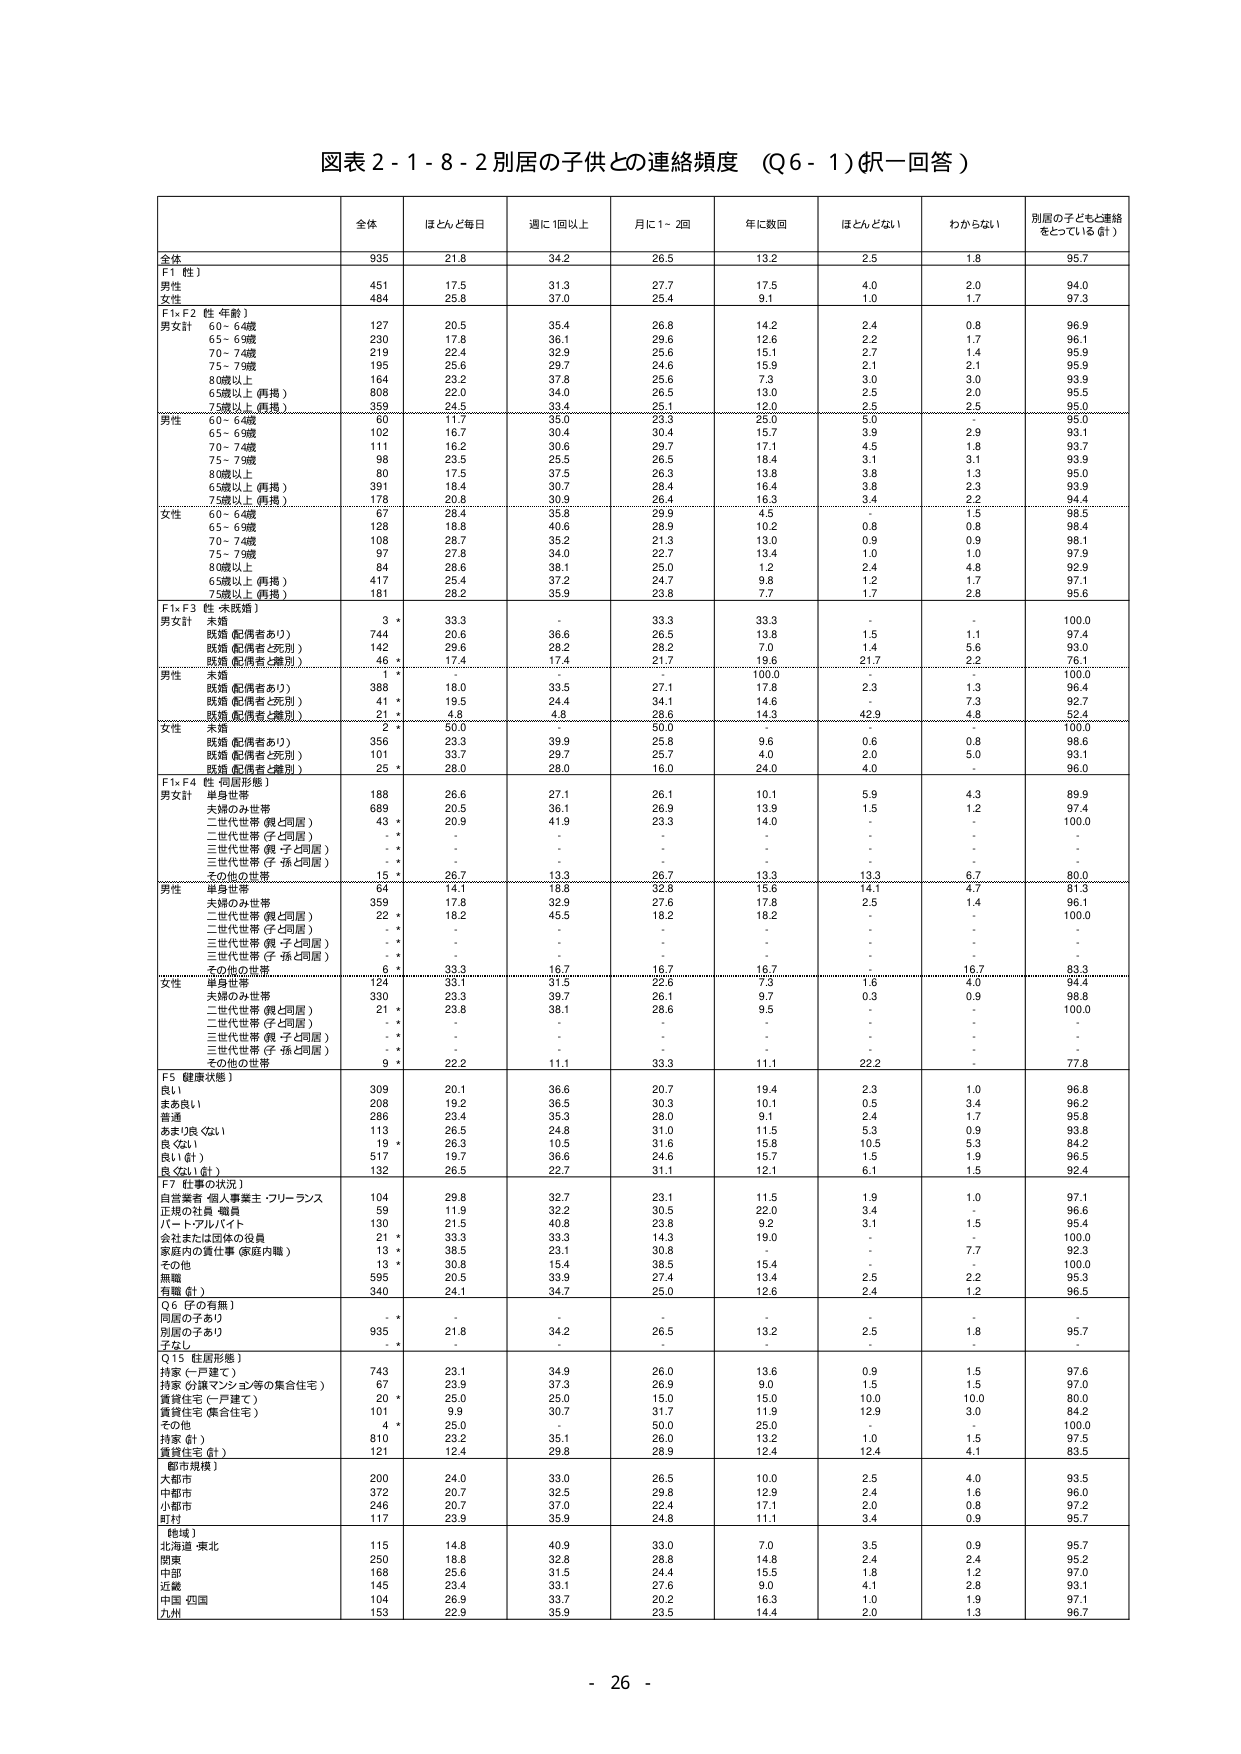
図表２-１-８-２ 別居の子供との連絡頻度 （Ｑ６-１）（択一回答）

全体 ほぼとんと毎日 週に1回以上 月に1～2回 年に数回 ほとんどない わからない 別居の子どもと連絡をとっている（計）

全体 935 21.8 34.2 26.5 13.2 2.5 1.8 95.7

F1（性）
男女計 451 17.5 31.3 27.7 17.5 4.0 2.0 94.0
女性 484 25.8 37.0 25.4 9.1 1.0 1.7 97.3

F1×F2（性・年齢）
男女計 60～64歳 127 20.5 35.4 26.8 14.2 2.4 0.8 96.9
65～69歳 230 17.8 36.1 29.6 12.6 2.2 1.7 96.1
70～74歳 219 22.4 32.9 25.6 15.1 2.7 1.4 95.9
75～79歳 195 25.6 29.7 24.6 16.9 2.1 2.1 96.9
80歳以上 164 23.2 37.8 25.6 7.3 3.0 3.0 93.9
65歳以上（再掲） 808 22.0 34.0 26.5 13.0 2.5 2.0 95.5
75歳以上（再掲） 359 24.5 33.4 25.1 12.0 2.5 2.5 95.0

男性 60～64歳 60 11.7 35.0 23.3 25.0 5.0 - 95.0
65～69歳 102 16.7 30.4 30.4 15.7 3.9 2.9 93.1
70～74歳 111 16.2 30.6 29.7 17.1 4.5 1.8 93.7
75～79歳 98 23.5 25.5 26.5 18.4 3.1 3.1 93.9
80歳以上 80 17.5 37.5 26.3 13.8 3.8 1.3 95.0
65歳以上（再掲） 391 18.4 30.7 28.4 16.4 3.8 2.3 93.9
75歳以上（再掲） 178 20.8 30.9 26.4 16.3 3.4 2.2 94.4

女性 60～64歳 67 28.4 35.8 29.9 4.5 - 1.5 98.5
65～69歳 128 18.8 40.6 28.9 10.2 0.8 0.8 98.4
70～74歳 108 28.7 35.2 21.3 13.0 0.9 0.9 98.1
75～79歳 97 27.8 34.0 22.7 13.4 1.0 1.0 97.9
80歳以上 84 28.6 38.1 25.0 1.2 2.4 4.8 92.9
65歳以上（再掲） 417 25.4 37.2 24.7 9.8 1.2 1.7 97.1
75歳以上（再掲） 181 28.2 35.9 23.8 7.7 1.7 2.8 95.6

F1×F3（性・未就婚）
男女計 未婚 3 * 33.3 - 33.3 33.3 - - 100.0
既婚（配偶者あり） 734 20.6 36.6 26.5 13.8 1.5 1.1 97.4
既婚（配偶者と死別） 142 29.6 28.2 28.2 7.0 1.4 5.6 93.0
既婚（配偶者と離別） 46 * 17.4 17.4 21.7 19.6 21.7 2.2 76.1

男性 未婚 1 * - - - 100.0 - - 100.0
既婚（配偶者あり） 388 18.0 33.5 27.1 17.8 2.3 1.3 96.4
既婚（配偶者と死別） 41 * 19.5 24.4 34.1 14.6 * 7.3 92.7
既婚（配偶者と離別） 21 * 4.8 4.8 28.6 14.3 42.9 4.8 52.4

女性 未婚 2 * 50.0 - 50.0 - - - 100.0
既婚（配偶者あり） 356 23.3 39.9 25.8 9.6 0.6 0.8 98.6
既婚（配偶者と死別） 101 33.7 29.7 25.7 4.0 2.0 5.0 93.1
既婚（配偶者と離別） 25 * 28.0 28.0 16.0 24.0 4.0 - 96.0

F1×F4（性・世帯形態）
男女計 単身世帯 188 26.6 27.1 26.1 10.1 5.9 4.3 89.9
夫婦のみ世帯 689 20.5 36.1 26.9 13.9 1.5 1.2 97.4
二世代世帯（親と同居） 43 * 20.9 41.9 23.3 14.0 - - 100.0
二世代世帯（子と同居） - * - - - - - - -
三世代世帯（親・子と同居） - * - - - - - - -
三世代世帯（子・孫と同居） - * - - - - - - -
その他の世帯 15 * 26.7 13.3 26.7 13.3 13.3 6.7 80.0

男性 単身世帯 84 14.1 18.8 32.6 15.6 14.1 4.7 81.3
夫婦のみ世帯 359 17.8 32.9 27.6 17.8 2.5 1.4 96.1
二世代世帯（親と同居） 22 * 18.2 45.5 18.2 18.2 - - 100.0
二世代世帯（子と同居） - * - - - - - - -
三世代世帯（親・子と同居） - * - - - - - - -
三世代世帯（子・孫と同居） - * - - - - - - -
その他の世帯 6 * 33.3 16.7 16.7 16.7 - 16.7 83.3

女性 単身世帯 124 33.1 31.5 22.6 7.3 1.5 4.0 94.4
夫婦のみ世帯 330 23.3 39.7 26.1 9.7 0.3 0.9 98.8
二世代世帯（親と同居） 21 * 23.8 38.1 28.6 9.5 - - 100.0
二世代世帯（子と同居） - * - - - - - - -
三世代世帯（親・子と同居） - * - - - - - - -
三世代世帯（子・孫と同居） - * - - - - - - -
その他の世帯 9 * 22.2 11.1 33.3 11.1 22.2 - 77.8

F5（健康状態）
良い 309 20.1 36.6 20.7 19.4 2.3 1.0 96.8
まあ良い 208 19.2 36.5 30.3 10.1 0.5 3.4 96.2
普通 286 23.4 35.3 28.0 9.1 2.4 1.7 95.8
あまり良くない 113 26.5 24.8 31.0 11.5 5.3 0.9 93.8
良くない 19 * 26.3 10.5 31.6 15.8 10.5 5.3 84.2
良い（計） 517 19.7 36.6 24.6 15.7 1.5 1.9 96.5
良くない（計） 132 26.5 22.7 31.1 12.1 6.1 1.5 92.4

F7（仕事の状況）
自営業者・個人事業主・フリーランス 104 29.8 32.7 23.1 11.5 1.9 1.0 97.1
正規の社員・職員 59 11.9 32.2 30.5 22.0 3.4 - 96.6
パート・アルバイト 130 21.5 40.8 23.8 9.2 3.1 1.5 95.4
会社または団体の役員 21 * 33.3 33.3 14.3 19.0 - - 100.0
家庭内の責任事（家庭内職） 13 * 38.5 23.1 30.8 - - 7.7 92.3
その他 13 * 30.8 15.4 38.5 15.4 - - 100.0
無職 595 20.5 33.9 27.4 13.4 2.5 2.2 95.3
有職（計） 340 24.1 34.7 25.0 12.6 2.4 1.2 96.5

Q6（子の有無）
同居の子あり - * - - - - - -
別居の子あり 935 21.8 34.2 26.5 13.2 2.5 1.8 95.7
子なし - * - - - - - -

Q15（住居形態）
持家（一戸建て） 743 23.1 34.9 26.0 13.6 0.9 1.5 97.6
持家（公営マンション等の集合住宅） 67 23.9 37.3 26.9 9.0 1.5 1.5 97.0
賃貸住宅（一戸建て） 20 * 25.0 25.0 15.0 15.0 10.0 10.0 80.0
賃貸住宅（集合住宅） 101 9.9 30.7 31.7 11.9 12.9 3.0 84.2
その他 4 * 25.0 - 50.0 25.0 - - 100.0
持家（計） 810 23.2 35.1 26.0 13.2 1.0 1.5 97.5
賃貸住宅（計） 121 12.4 29.8 28.9 12.4 12.4 4.1 83.5

（都市規模）
大都市 200 24.0 33.0 26.5 10.0 2.5 4.0 93.5
中都市 372 20.7 32.5 29.8 12.9 2.4 1.6 96.0
小都市 246 20.7 37.0 22.4 17.1 2.0 0.8 97.2
町村 117 23.9 35.9 24.8 11.1 3.4 0.9 95.7

（地域）
北海道・東北 115 14.8 40.9 33.0 7.0 3.5 0.9 95.7
関東 250 18.8 32.8 28.8 14.8 2.4 2.4 95.2
中部 168 25.6 31.5 24.4 15.5 1.8 1.2 97.0
近畿 145 23.4 33.1 27.6 9.0 4.1 2.8 93.1
中国・四国 104 26.9 33.7 20.2 16.3 1.0 1.9 97.1
九州 153 22.9 35.9 23.5 14.4 2.0 1.3 96.7

- 26 -